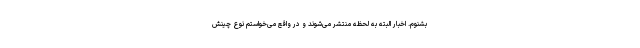
بشنوم. اخبار البته به لحظه منتشر می‌شوند و در واقع می‌خواستم نوع چینش